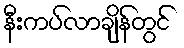
နီးကပ်လာချိန်တွင်